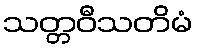
သတ္တဝီသတိမံ